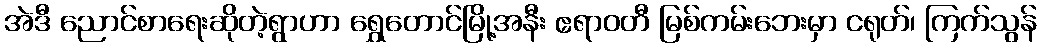
အဲဒီ ညောင်စာရေးဆိုတဲ့ရွာဟာ ရွှေတောင်မြို့အနီး ဧရာဝတီ မြစ်ကမ်းဘေးမှာ ငရုတ်၊ ကြက်သွန်